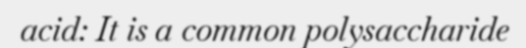
acid: It is a common polysaccharide